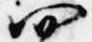
四